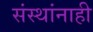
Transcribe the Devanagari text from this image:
संस्थांनाही